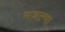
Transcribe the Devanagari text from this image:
मजल्या